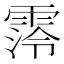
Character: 霗